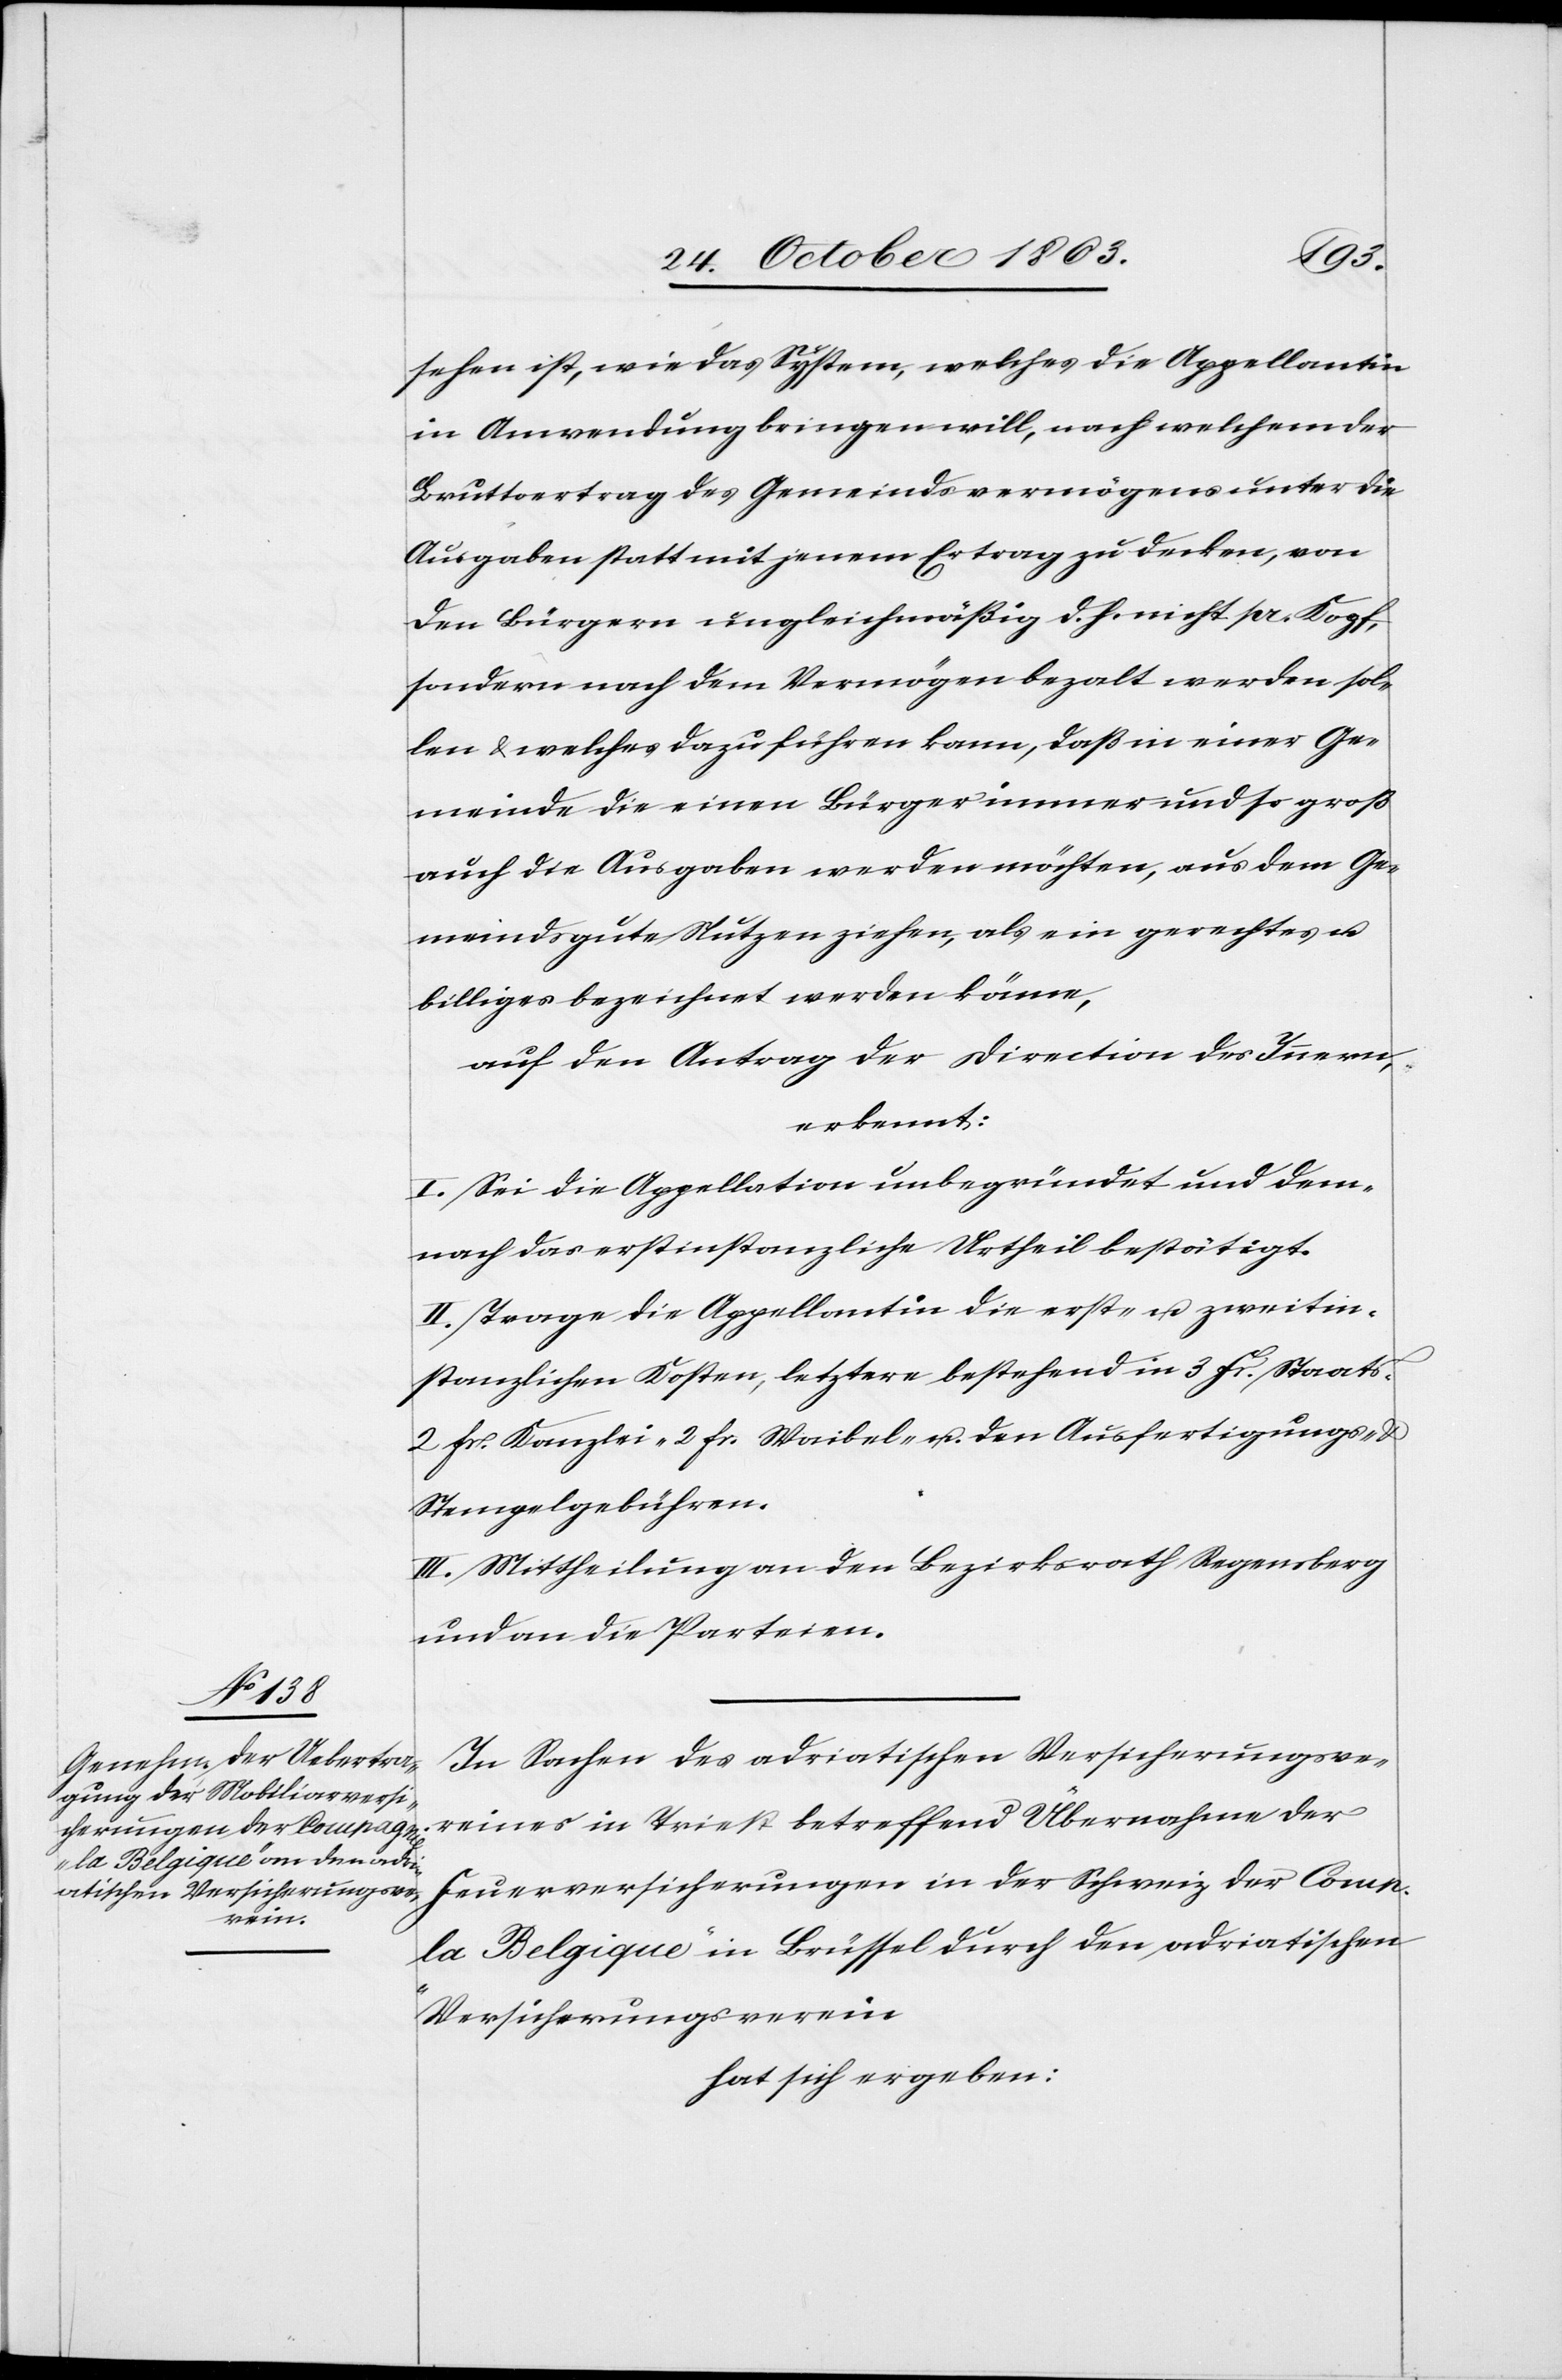
sehen ist, wie das System, welches die Appellantin
in Anwendung bringen will, nach welchem der
Bruttoertrag des Gemeindsvermögens unter die
Ausgaben statt mit jenem Ertrag zu decken, von
den Bürgern ungleichmäßig d. h. nicht pr. Kopf,
sondern nach dem Vermögen bezalt werden sol¬
len & welches dazu führen kann, daß in einer Ge¬
meinde die einen Bürger immer und so groß
auch die Ausgaben werden möchten, aus dem Ge¬
meindsgute Nutzen ziehen, als ein gerechtes u.
billiges bezeichnet werden könne,
auf den Antrag der Direction des Innern,
erkennt:
I. Sei die Appellation unbegründet und dem¬
nach das erstinstanzliche Urtheil bestätigt.
II. Trage die Appellantin die erst- u. zweitin¬
stanzlichen Kosten, letztere bestehend in 3 Fr. Staats-[,]
2 fr. Kanzlei-[,] 2 fr. Waibel- u. den Ausfertigungs- &
Stempelgebühren.
III. Mittheilung an den Bezirksrath Regensberg
und an die Parteien.
In Sachen des adriatischen Versicherungsve¬
reins in Triest betreffend Übernahme der
Feuerversicherungen in der Schweiz der Comp.
„la Belgique“ in Brüssel durch den adriatischen
Versicherungsverein
hat sich ergeben: